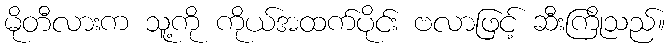
မိုတီလားက သူ့ကို ကိုယ်အထက်ပိုင်း ဗလာဖြင့် ဆီးကြိုသည်။